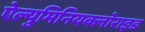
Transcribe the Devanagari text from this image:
ऐल्युमिनियक्लोराइड